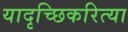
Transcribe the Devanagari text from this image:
यादृच्छिकरित्या